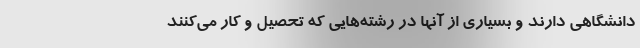
دانشگاهی دارند و بسیاری از آنها در رشته‌هایی که تحصیل و کار می‌کنند